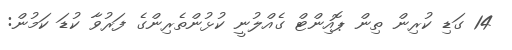
14 ގަޑި ކުރިން ތިން ޕޮއިންޓް ގެއްލުނީ ކުޅުންތެރިންގެ ފަރުވާ ކުޑަ ކަމުން: